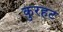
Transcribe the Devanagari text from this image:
कुरहट